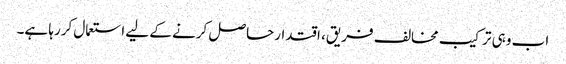
اب وہی ترکیب مخالف فریق، اقتدارحاصل کرنے کے لیے استعمال کررہا ہے۔